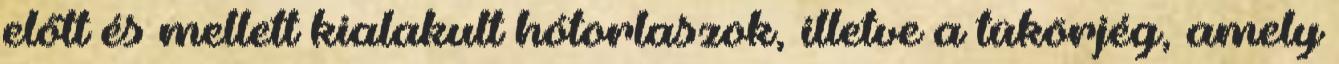
előtt és mellett kialakult hótorlaszok, illetve a tükörjég, amely